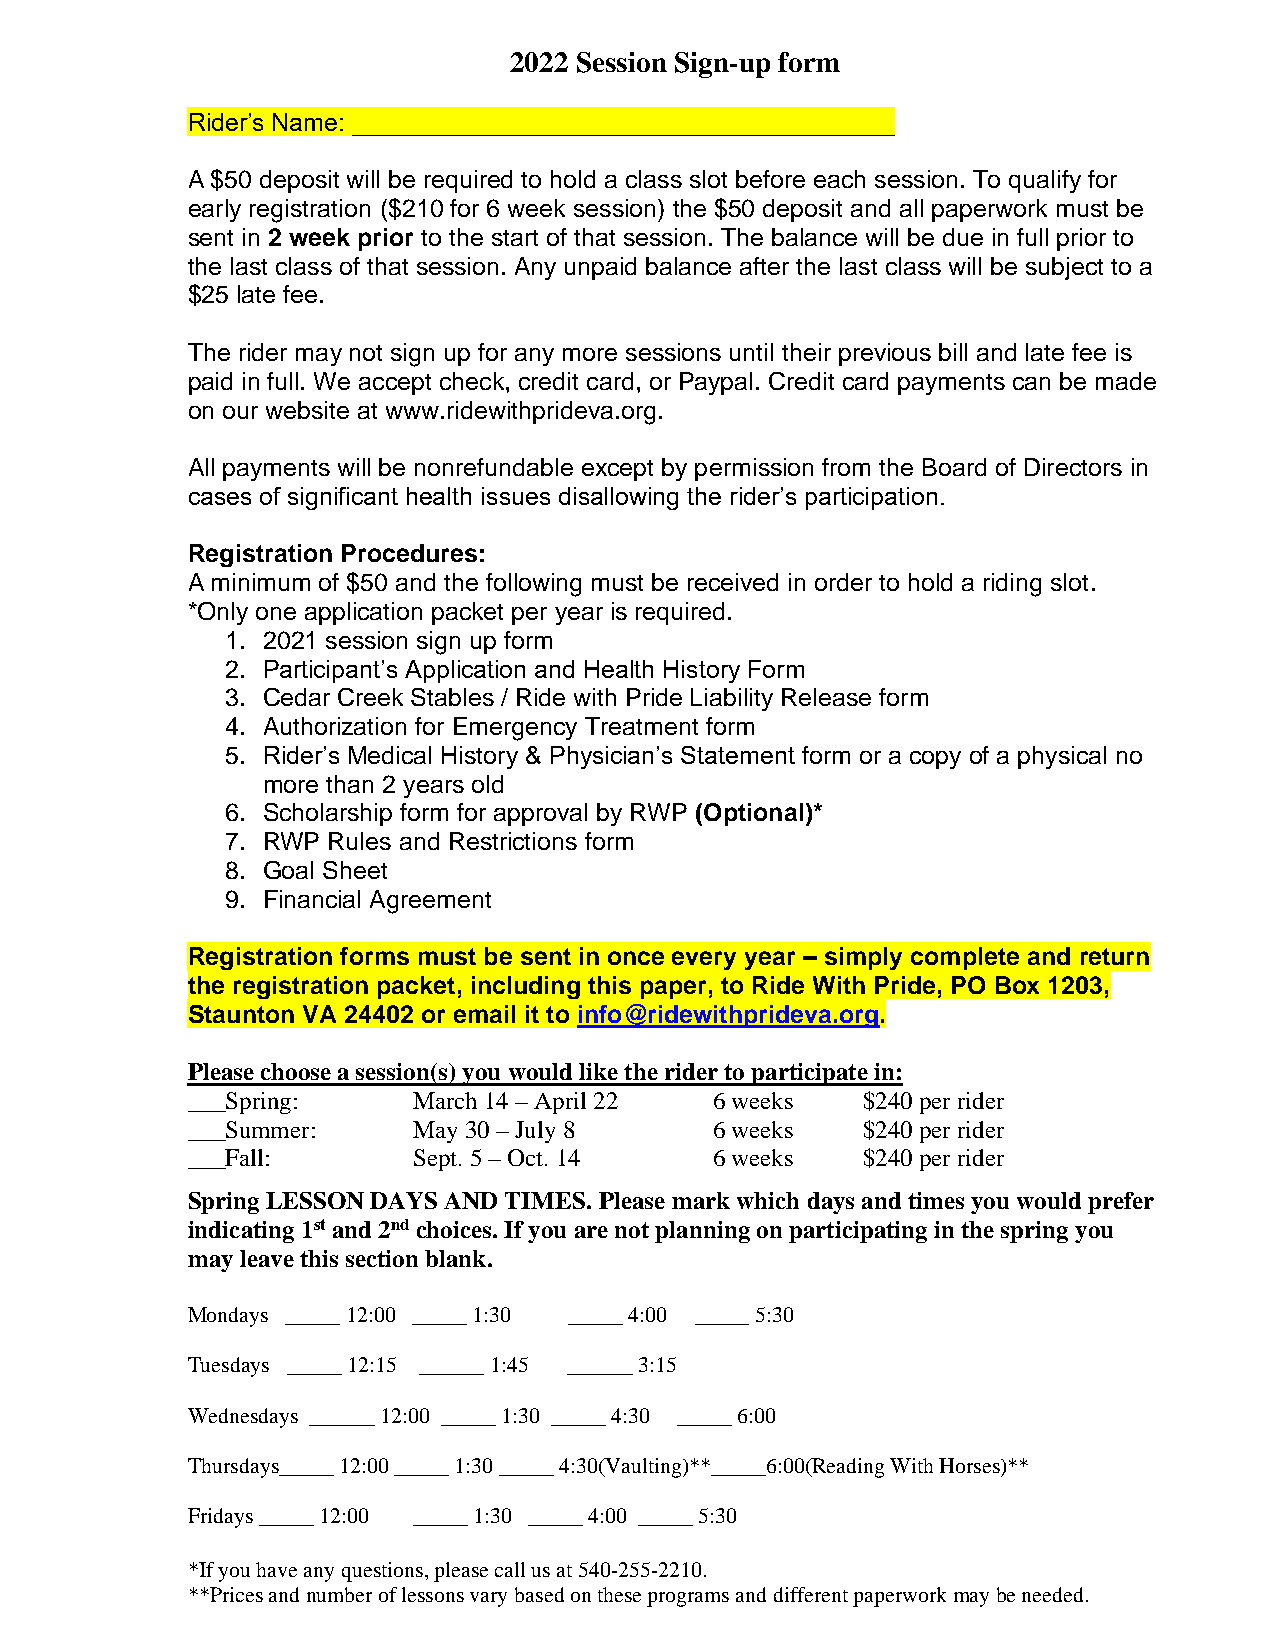
2022 Session Sign-up form
 Rider’s Name: _______________________________________
 A $50 deposit will be required to hold a class slot before each session. To qualify for
 early registration ($210 for 6 week session) the $50 deposit and all paperwork must be
 sent in 2 week prior to the start of that session. The balance will be due in full prior to
 the last class of that session. Any unpaid balance after the last class will be subject to a
 $25 late fee.
 The rider may not sign up for any more sessions until their previous bill and late fee is
 paid in full. We accept check, credit card, or Paypal. Credit card payments can be made
 on our website at www.ridewithprideva.org.
 All payments will be nonrefundable except by permission from the Board of Directors in
 cases of significant health issues disallowing the rider’s participation.
 Registration Procedures:
 A minimum of $50 and the following must be received in order to hold a riding slot.
 *Only one application packet per year is required.
 1. 2021 session sign up form
 2. Participant’s Application and Health History Form
 3. Cedar Creek Stables / Ride with Pride Liability Release form
 4. Authorization for Emergency Treatment form
 5. Rider’s Medical History & Physician’s Statement form or a copy of a physical no
 more than 2 years old
 6. Scholarship form for approval by RWP (Optional)*
 7. RWP Rules and Restrictions form
 8. Goal Sheet
 9. Financial Agreement
 Registration forms must be sent in once every year – simply complete and return
 the registration packet, including this paper, to Ride With Pride, PO Box 1203,
 Staunton VA 24402 or email it to info@ridewithprideva.org.
 Please choose a session(s) you would like the rider to participate in:
 ___Spring:     March 14 – April 22 6 weeks   $240 per rider
 ___Summer:     May 30 – July 8     6 weeks   $240 per rider
 ___Fall:       Sept. 5 – Oct. 14   6 weeks   $240 per rider
 Spring LESSON DAYS AND TIMES. Please mark which days and times you would prefer
 indicating 1st and 2nd choices. If you are not planning on participating in the spring you
 may leave this section blank.
 Mondays _____ 12:00 _____ 1:30 _____ 4:00 _____ 5:30
 Tuesdays _____ 12:15 ______ 1:45 ______ 3:15
 Wednesdays ______ 12:00 _____ 1:30 _____ 4:30 _____ 6:00
 Thursdays_____ 12:00 _____ 1:30 _____ 4:30(Vaulting)**_____6:00(Reading With Horses)**
 Fridays _____ 12:00 _____ 1:30 _____ 4:00 _____ 5:30
 *If you have any questions, please call us at 540-255-2210.
 **Prices and number of lessons vary based on these programs and different paperwork may be needed.